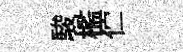
駿檻伫